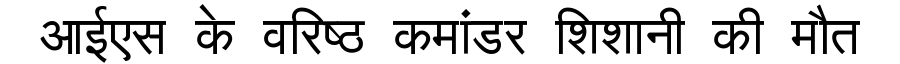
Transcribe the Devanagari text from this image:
आईएस के वरिष्ठ कमांडर शिशानी की मौत